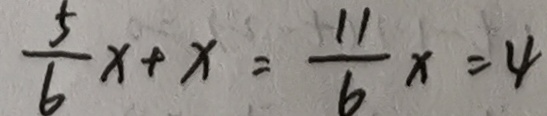
\frac { 5 } { 6 } x + x = \frac { 1 1 } { 6 } x = 4